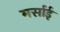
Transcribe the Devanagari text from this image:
मर्साई